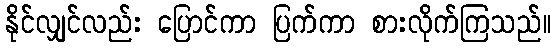
နိုင်လျှင်လည်း ပြောင်ကာ ပြက်ကာ စားလိုက်ကြသည်။